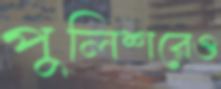
পুলিশরেও